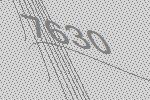
7630